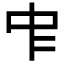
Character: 𠁦